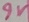
Text: 9V